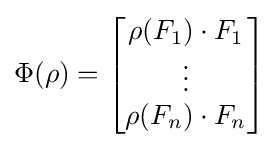
\Phi (\rho )={\begin{bmatrix}\rho (F_{1})\cdot F_{1}\\\vdots \\\rho (F_{n})\cdot F_{n}\end{bmatrix}}